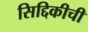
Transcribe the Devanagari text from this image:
सिद्दिकीची